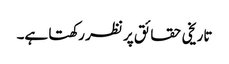
تاریخی حقائق پر نظر رکھتا ہے۔